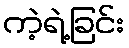
ကဲ့ရဲ့ခြင်း